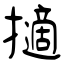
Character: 擿